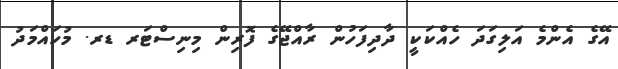
އޭގެ އެންމެ އަލިގަދަ ހެއްކަކީ ދާދިފަހުން ރާއްޖޭގެ ފޮރިން މިނިސްޓަރ ޑރ. މުހައްމަދު